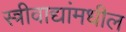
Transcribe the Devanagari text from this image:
स्त्रीवाद्यांमधील